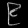
Digit: ၉